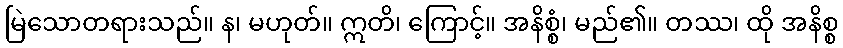
မြဲသောတရားသည်။ န၊ မဟုတ်။ ဣတိ၊ ကြောင့်။ အနိစ္စံ၊ မည်၏။ တဿ၊ ထို အနိစ္စ